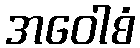
အဝေါစံ